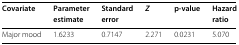
<table><thead><tr><td><b>Covariate</b></td><td><b>Parameter</b></td><td><b>Standard</b></td><td><b><i>Z</i></b></td><td><b>p-value</b></td><td><b>Hazard</b></td></tr><tr><td></td><td><b>estimate</b></td><td><b>error</b></td><td></td><td></td><td><b>ratio</b></td></tr></thead><tbody><tr><td>Major mood</td><td>1.6233</td><td>0.7147</td><td>2.271</td><td>0.0231</td><td>5.070</td></tr></tbody></table>